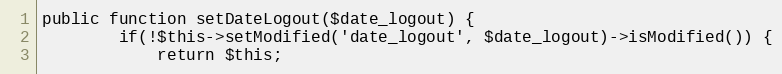
Language: PHP
public function setDateLogout($date_logout) {
        if(!$this->setModified('date_logout', $date_logout)->isModified()) {
            return $this;